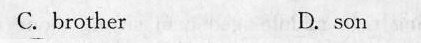
C hsather D.son